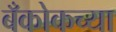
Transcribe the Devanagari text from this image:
बँकोकच्या